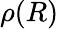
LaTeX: \rho(R)